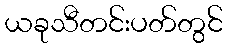
ယခုသီတင်းပတ်တွင်